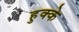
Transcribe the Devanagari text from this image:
हुक्‍के